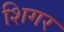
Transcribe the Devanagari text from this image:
शिगर